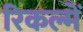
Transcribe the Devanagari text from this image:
रिकल्‍में